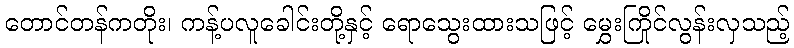
တောင်တန်ကတိုး၊ ကန့်ပလူခေါင်းတို့နှင့် ရောသွေးထားသဖြင့် မွှေးကြိုင်လွန်းလှသည့်